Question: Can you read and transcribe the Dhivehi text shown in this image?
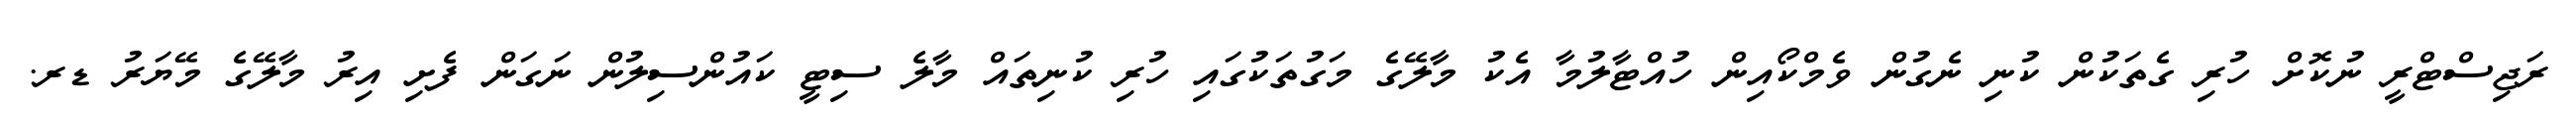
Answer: ރަޖިސްޓްރީ ނުކޮށް ހުރި ގެތަކުން ކުނި ނެގުން ވެމްކޯއިން ހުއްޓާލުމާ އެކު މާލޭގެ މަގުތަކުގައި ހުރި ކުނިތައް މާލެ ސިޓީ ކައުންސިލުން ނަގަން ފެށި އިރު މާލޭގެ މޭޔަރު ޑރ.